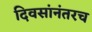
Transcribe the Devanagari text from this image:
दिवसांनंतरच